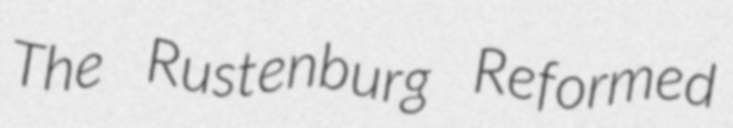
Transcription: The Rustenburg Reformed